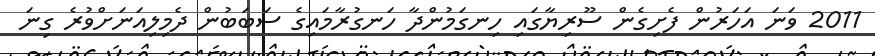
2011 ވަނަ އަހަރުން ފެށިގެން ސޫރިޔާގައި ހިނގަމުންދާ ހަނގުރާމައިގެ ސަބަބުން ދެމިލިއަނަށްވުރެ ގިނަ